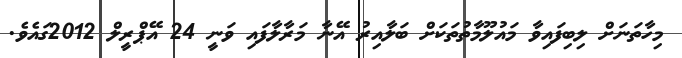
މިހާތަނަށް ލިބިފައިވާ މައުލޫމާތުތަކަށް ބަލާއިރު އޭނާ މަރާލާފައި ވަނީ 24 އޭޕްރީލް 2012ގައެވެ.